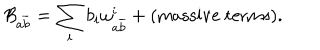
\mathcal { B } _ { a \overline { { { b } } } } = \sum _ { i } b _ { i } \omega _ { a \overline { { { b } } } } ^ { i } + ( \textrm { m a s s i v e t e r m s } ) .